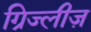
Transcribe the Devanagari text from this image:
ग्रिज्लीज़